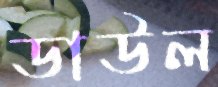
ডাউল